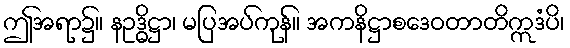
ဤအရာ၌။ နဥဒ္ဓိဋ္ဌာ၊ မပြအပ်ကုန်။ အကနိဋ္ဌာစဒေဝတာတိဣဒံပိ၊